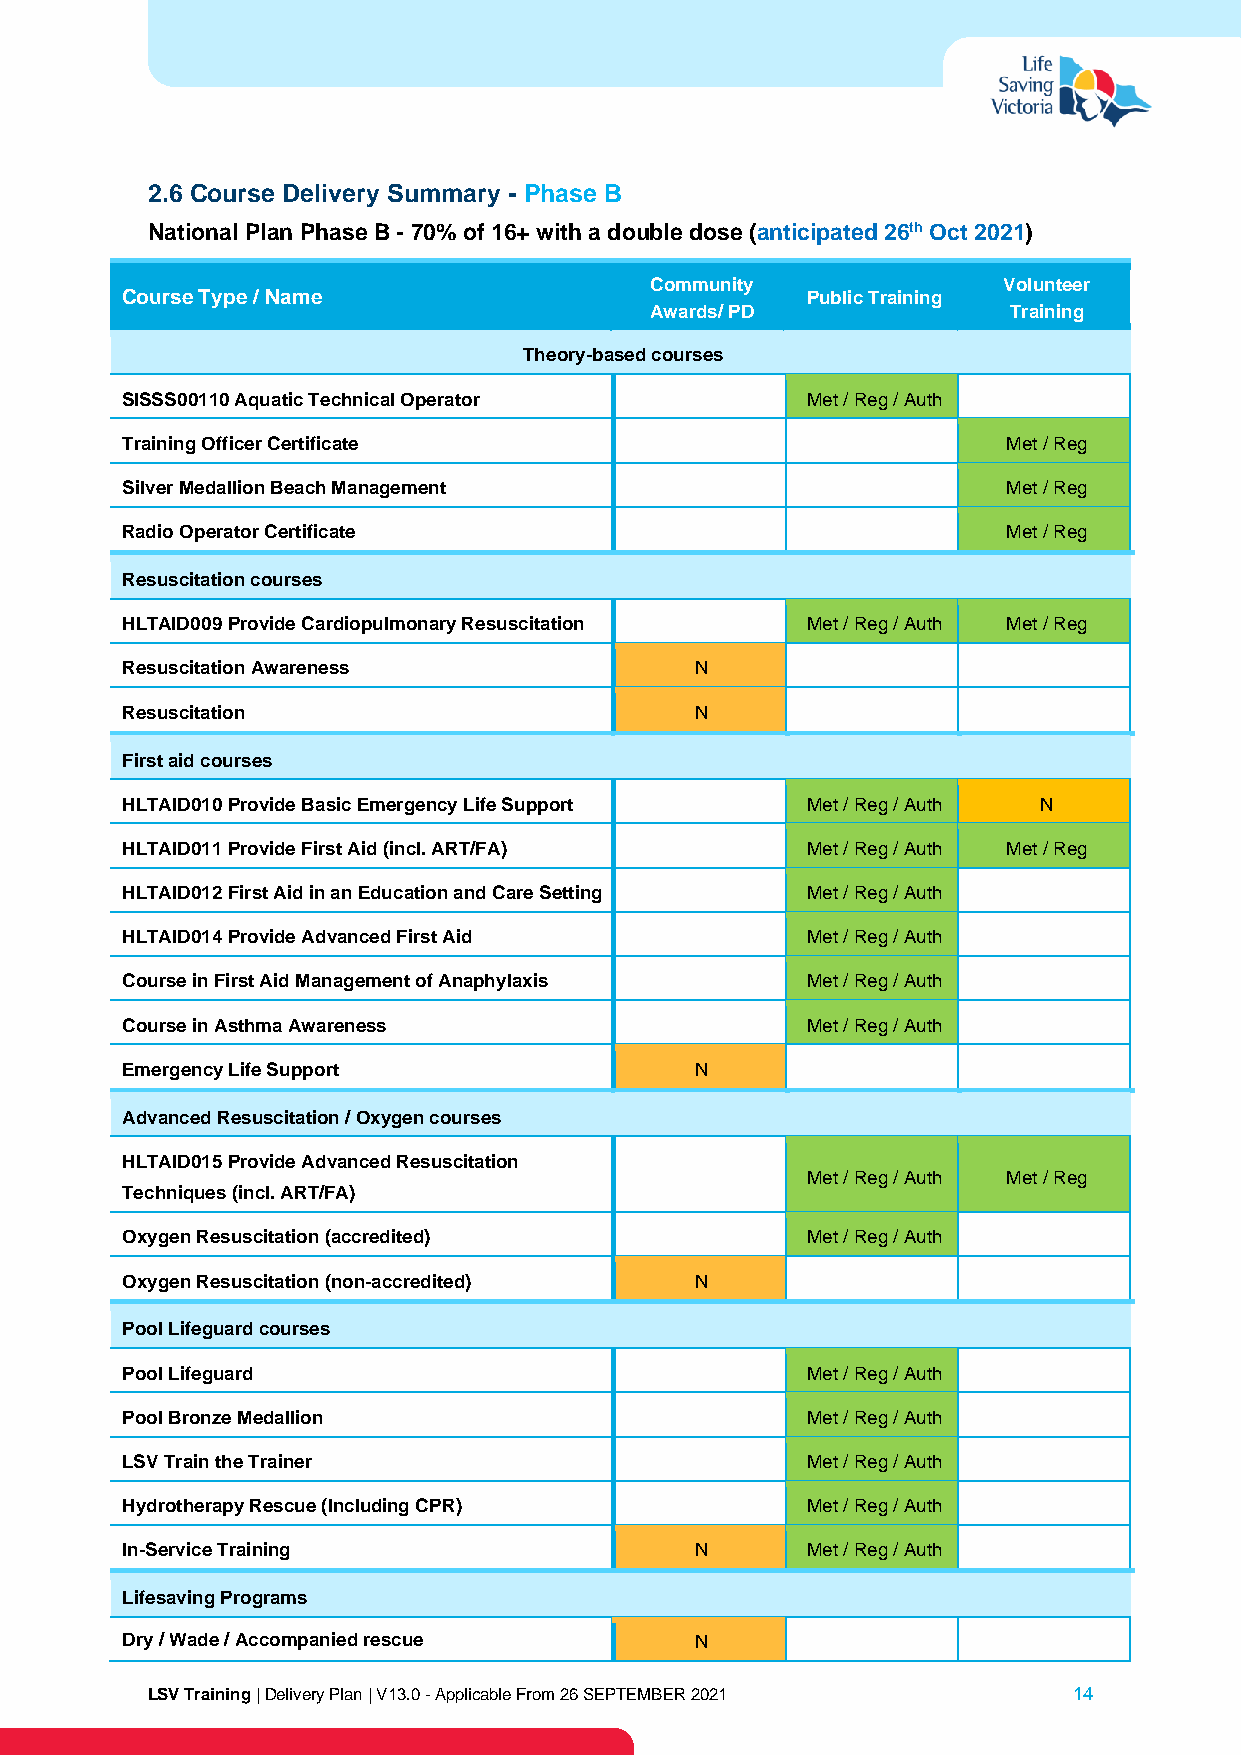
2.6 Course Delivery Summary - Phase B
 National Plan Phase B - 70% of 16+ with a double dose (anticipated 26th Oct 2021)
 Community              Volunteer
 Course Type / Name                           Public Training
 Awards/ PD              Training
 Theory-based courses
 SISSS00110 Aquatic Technical Operator        Met / Reg / Auth
 Training Officer Certificate                               Met / Reg
 Silver Medallion Beach Management                          Met / Reg
 Radio Operator Certificate                                 Met / Reg
 Resuscitation courses
 HLTAID009 Provide Cardiopulmonary Resuscitation Met / Reg / Auth Met / Reg
 Resuscitation Awareness               N
 Resuscitation                         N
 First aid courses
 HLTAID010 Provide Basic Emergency Life Support Met / Reg / Auth N
 HLTAID011 Provide First Aid (incl. ART/FA)   Met / Reg / Auth Met / Reg
 HLTAID012 First Aid in an Education and Care Setting Met / Reg / Auth
 HLTAID014 Provide Advanced First Aid         Met / Reg / Auth
 Course in First Aid Management of Anaphylaxis Met / Reg / Auth
 Course in Asthma Awareness                   Met / Reg / Auth
 Emergency Life Support                N
 Advanced Resuscitation / Oxygen courses
 HLTAID015 Provide Advanced Resuscitation
 Met / Reg / Auth Met / Reg
 Techniques (incl. ART/FA)
 Oxygen Resuscitation (accredited)            Met / Reg / Auth
 Oxygen Resuscitation (non-accredited) N
 Pool Lifeguard courses
 Pool Lifeguard                               Met / Reg / Auth
 Pool Bronze Medallion                        Met / Reg / Auth
 LSV Train the Trainer                        Met / Reg / Auth
 Hydrotherapy Rescue (Including CPR)          Met / Reg / Auth
 In-Service Training                   N      Met / Reg / Auth
 Lifesaving Programs
 Dry / Wade / Accompanied rescue       N
 LSV Training | Delivery Plan | V13.0 - Applicable From 26 SEPTEMBER 2021 14